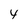
Character: 4